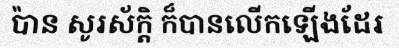
ប៉ាន សូរស័ក្តិ ក៏បានលើកឡើងដែរ